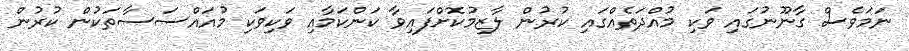
ނަމަވެސް ގާނޫނުގައި ވަކި މުއްދަތެއްގައި ކުރުން ލާޒިމުކޮށްފައިވާ ކަންކަމާއި ވަކިވަކި މުއައްސަސާތަކުން ކުރުން